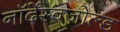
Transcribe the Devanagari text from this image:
नॉर्देंस्क्जोल्ड